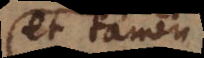
et tamen